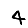
Digit: 4